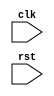
module behavior_block (
    input wire clk,
    input wire rst
);

always @(posedge clk or negedge rst) begin
    // Specify desired behavior here
end

endmodule